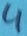
Text: 4